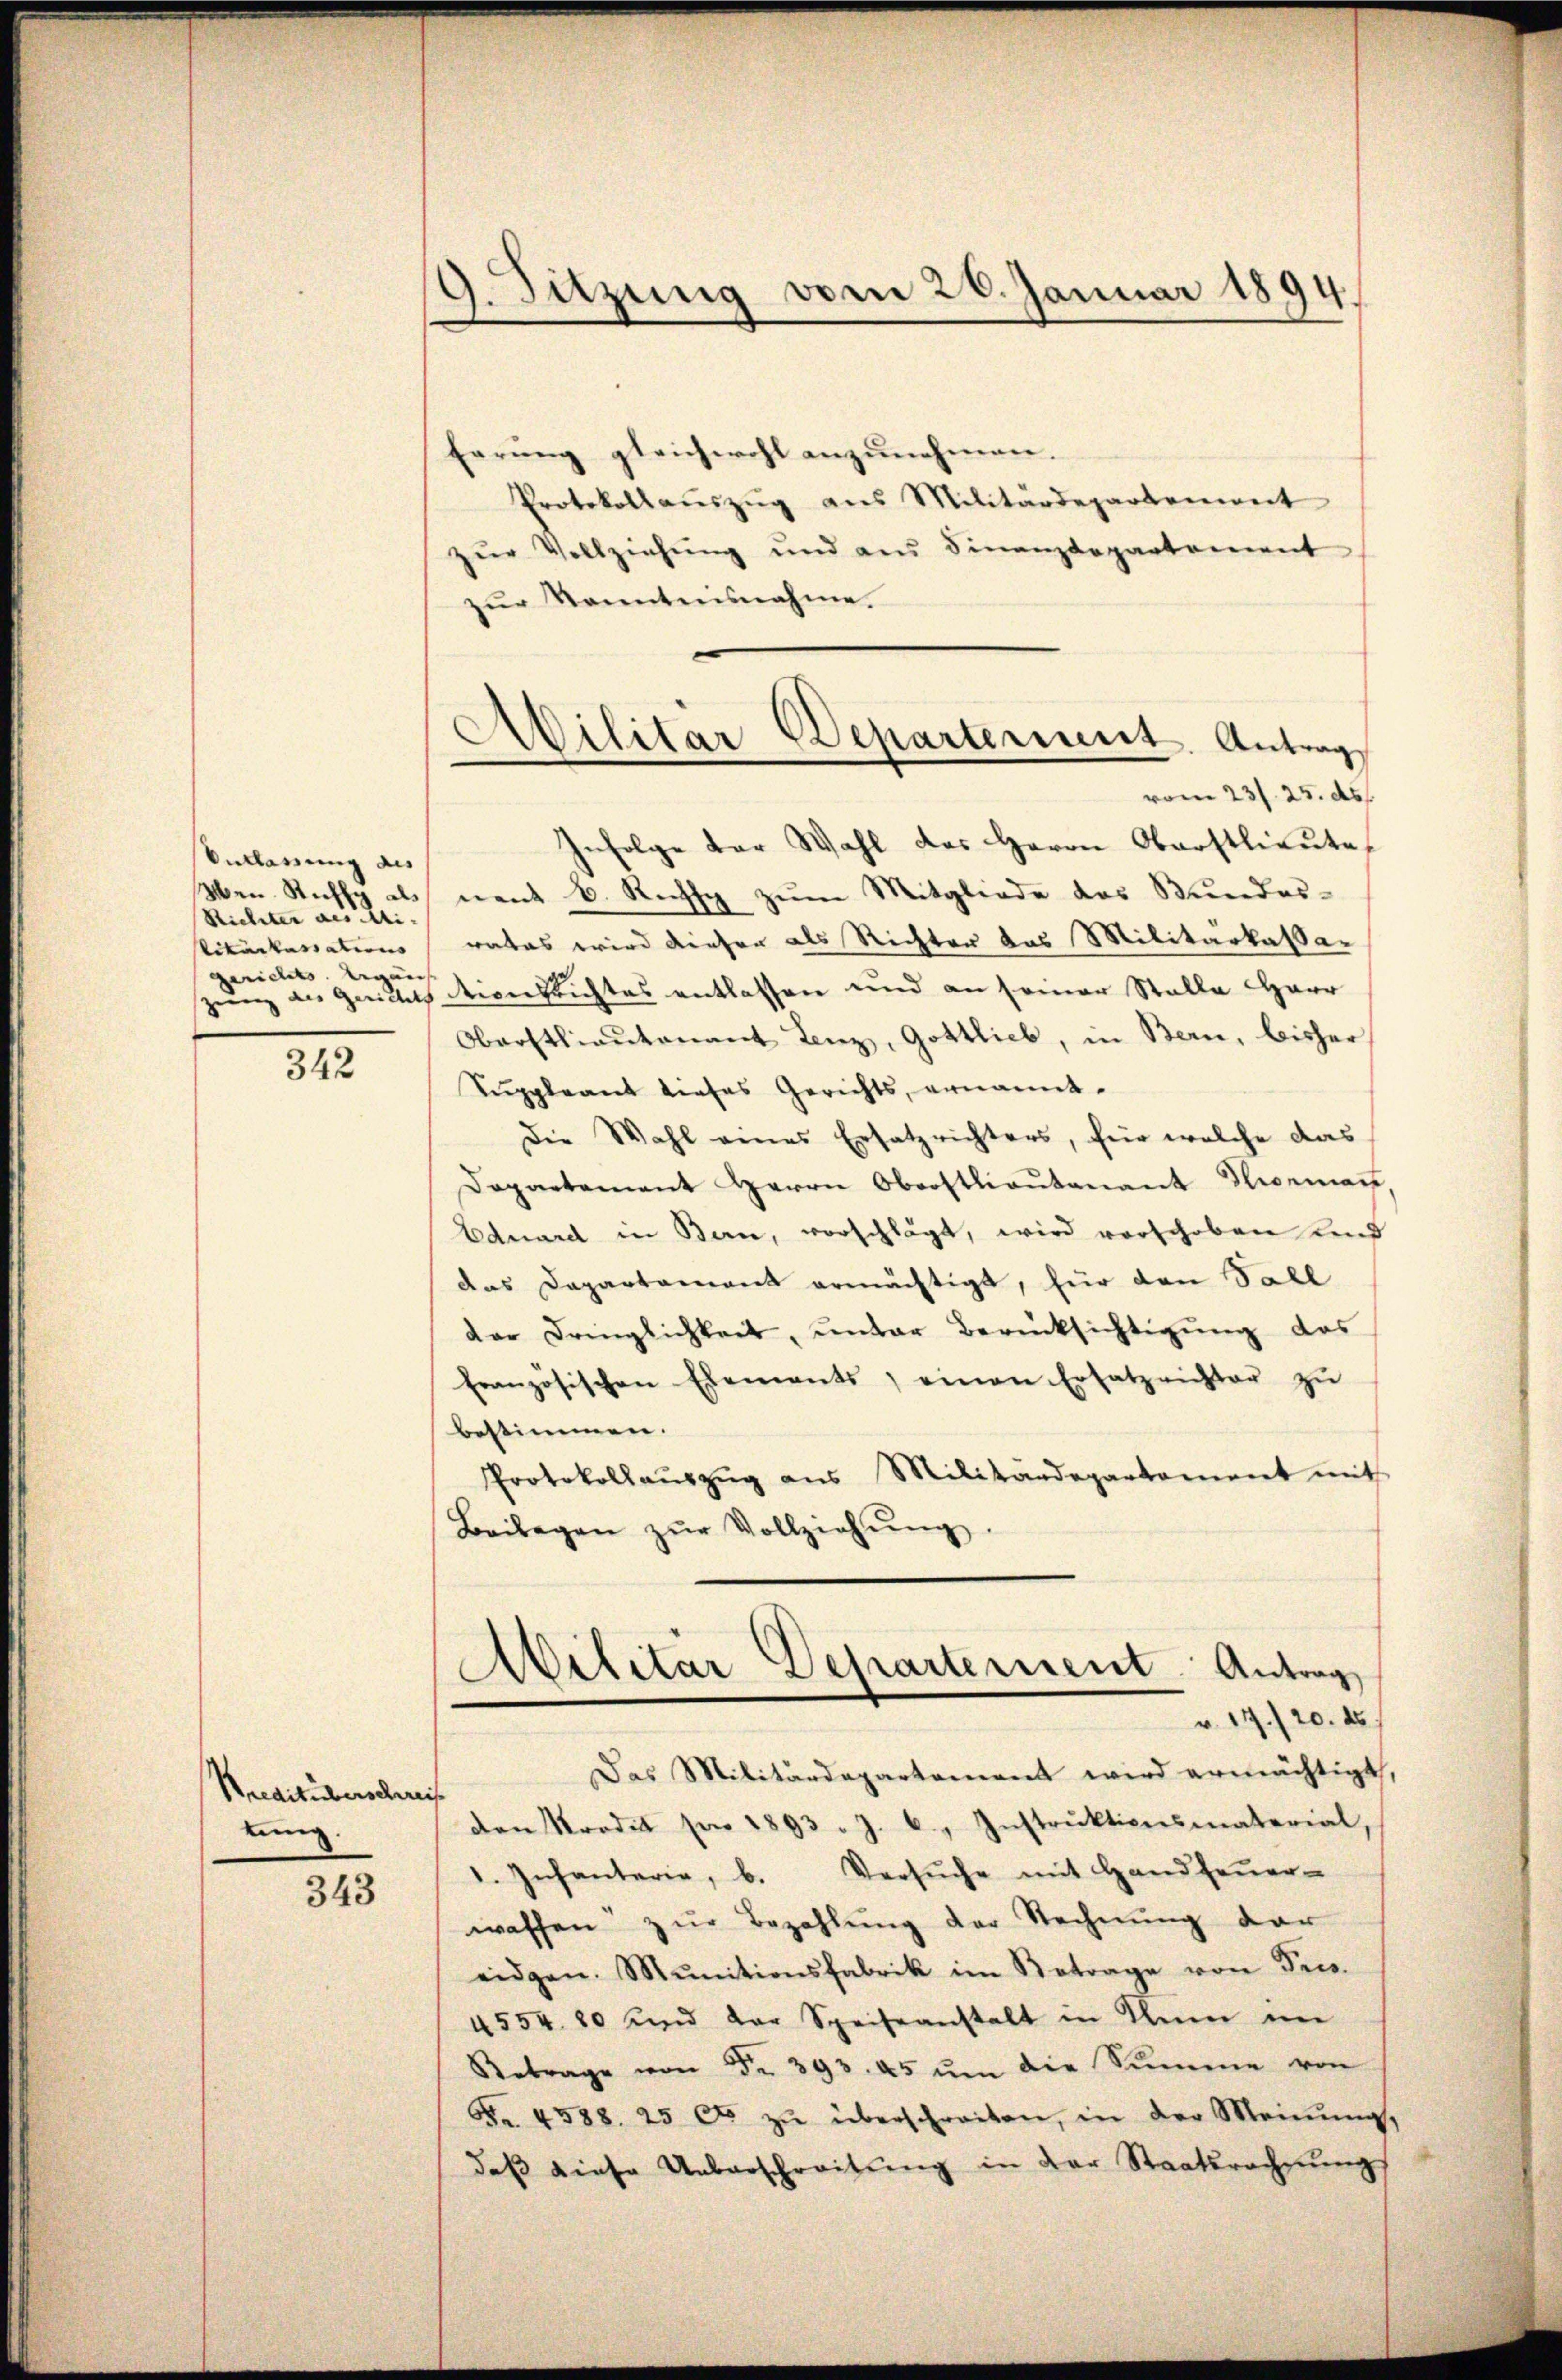
Anklassung des
Wen. Stiffy als
Richter des Mi-
litarkassations
gerichts. began

342

Kreditüberscher
tung.

343

9. Sitzung vom 26. Januar 1894.

Ailitär Departerient. Antrag
vom 23. 25. ds.

Errung gleichwohl anzunehmen.
Protokollaŭszŭg ans Militärdepartement
zŭr Vollziehŭng und aus Finanzdepartement
zur Kenntnisnahme.
Infolge der Wahl des Herrn Oberstlieute
nent b. Recht zŭm Mitgliede des Stundes-
rates wird dieser als Richter das Militarkassar
guenz des Gerichts Diversichtes entlassen und an seiner Stalle HHerr
Oberstlieutenant Lenz, Gottlieb, in Bern, bisher
Suppleant dieses Gerichts, ernannt.
Die Wahl eines Ersatz richters, für welche das
Departement Herrn Oberstlieutenant Niemann,
Eduard in Bern, vorschlägt, wird vorschoben und
das Departament ermächtigt, für den Sall
dar Dringlichkeit, unter Berücksichtigung des
französischen Ehemants, einen Ersatz richter zŭ
bestimmen.
Protokollaŭszŭg ans Militärdepartement mit
Beilagen zŭr Vollziehŭng.
Militar Departement Antrag
r. 17./20. ds.
Das Militärdepartement wird ermächtigt,
f
den Prodel für 1893 . J. b., Instrŭktionsmaterial,
1. Infanteria, b. Versŭche mit Handfeŭer-
wassen zur Bezahlung der Rechnung der
eidgen. Munitionsfabrik im Betrage von Pres.
4554. 80 und der Speiseanstalt in Thun im
Betrage von Fr. 393. 45 ŭm die Summe von
Fr. 4588. 25 Cts. zŭ überschreiten, in der Meinŭng,
daβ diese Ueberschreitŭng in der Staatsrechnŭngs